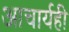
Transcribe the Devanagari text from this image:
आचार्यही